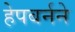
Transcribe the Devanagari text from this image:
हेपबर्नने